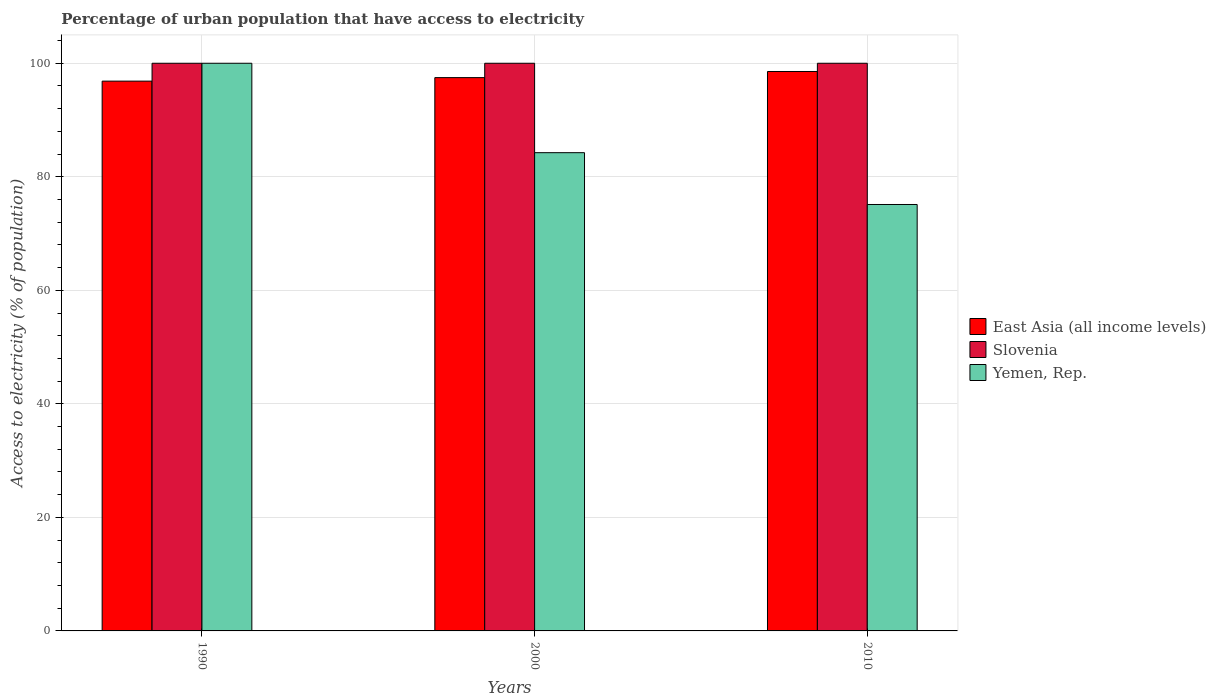
| Years | East Asia (all income levels) | Slovenia | Yemen, Rep. |
 | --- | --- | --- | --- |
 | 1990 | 96.9 | 100 | 100 |
 | 2000 | 97.5 | 100 | 84.2 |
 | 2010 | 98.5 | 100 | 75.1 |